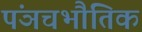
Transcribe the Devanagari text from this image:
पंञचभौतिक